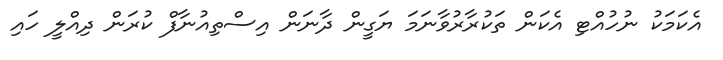
އެކަމަކު ނުހުއްޓި އެކަން ތަކުރާރުވާނަމަ ޔަގީން ދާނަން އިސްތިއުނާފް ކުރަން ދިއްލީ ހައި